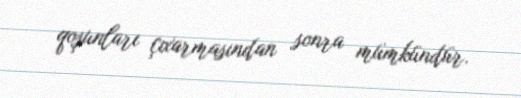
qoşunları çıxarmasından sonra mümkündür.